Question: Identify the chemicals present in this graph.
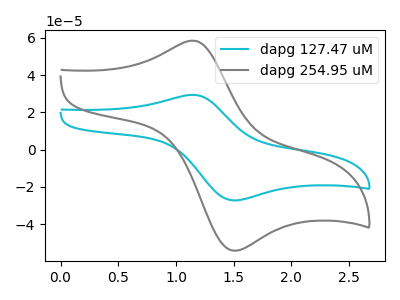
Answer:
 <answer>The cyan curve is labeled "dapg 127.47 uM". The gray curve is labeled "dapg 254.95 uM".</answer>
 <eval></eval>